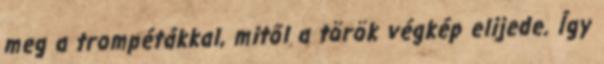
meg a trompétákkal, mitől a török végkép elijede. Így